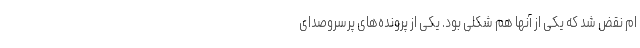
ام نقض شد که یکی از آنها هم شکلی بود. یکی از پرونده‌های پرسروصدای